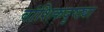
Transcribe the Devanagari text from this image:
वांशिकदृष्ट्या